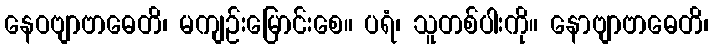
နေဝဗျာဗာဓေတိ၊ မကျဉ်းမြောင်းစေ။ ပရံ၊ သူတစ်ပါးကို။ နောဗျာဗာဓေတိ၊